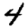
Digit: 4